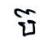
ប៊